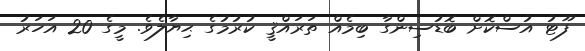
ފޫޓު އުސްކޮށް ބޮޑުސިންގާ ބިމެއް ތަރައްޤީ ކުރުމުގެ ޙިޔާލެވެ. މީގެ 20 އަހަރު